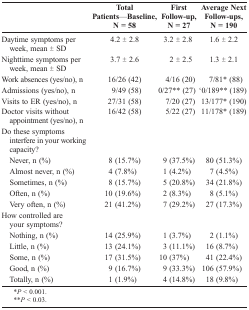
<table><thead><tr><td>[EMPTY_CELL]</td><td><b>TotalPatients--Baseline,N = 58</b></td><td><b>FirstFollow-up,N = 27</b></td><td><b>Average NextFollow-ups,N = 190</b></td></tr></thead><tbody><tr><td>Daytime symptoms per week, mean ± SD</td><td>4.2 ± 2.8</td><td>3.2 ± 2.8</td><td>1.6 ± 2.2</td></tr><tr><td>Nighttime symptoms per week, mean ± SD</td><td>3.7 ± 2.6</td><td>2 ± 2.5</td><td>1.3 ± 2.1</td></tr><tr><td>Work absences (yes/no), n</td><td>16/26 (42)</td><td>4/16 (20)</td><td>7/81* (88)</td></tr><tr><td>Admissions (yes/no), n</td><td>9/49 (58)</td><td>0/27** (27)</td><td>'0/189** (189)</td></tr><tr><td>Visits to ER (yes/no), n</td><td>27/31 (58)</td><td>7/20 (27)</td><td>13/177* (190)</td></tr><tr><td>Doctor visits without appointment (yes/no), n</td><td>16/42 (58)</td><td>5/22 (27)</td><td>11/178* (189)</td></tr><tr><td>Do these symptoms interfere in your working capacity?</td><td>[EMPTY_CELL]</td><td>[EMPTY_CELL]</td><td>[EMPTY_CELL]</td></tr><tr><td> Never, n (%)</td><td>8 (15.7%)</td><td>9 (37.5%)</td><td>80 (51.3%)</td></tr><tr><td> Almost never, n (%)</td><td>4 (7.8%)</td><td>1 (4.2%)</td><td>7 (4.5%)</td></tr><tr><td> Sometimes, n (%)</td><td>8 (15.7%)</td><td>5 (20.8%)</td><td>34 (21.8%)</td></tr><tr><td> Often, n (%)</td><td>10 (19.6%)</td><td>2 (8.3%)</td><td>8 (5.1%)</td></tr><tr><td> Very often, n (%)</td><td>21 (41.2%)</td><td>7 (29.2%)</td><td>27 (17.3%)</td></tr><tr><td>How controlled are your symptoms?</td><td>[EMPTY_CELL]</td><td>[EMPTY_CELL]</td><td>[EMPTY_CELL]</td></tr><tr><td> Nothing, n (%)</td><td>14 (25.9%)</td><td>1 (3.7%)</td><td>2 (1.1%)</td></tr><tr><td> Little, n (%)</td><td>13 (24.1%)</td><td>3 (11.1%)</td><td>16 (8.7%)</td></tr><tr><td> Some, n (%)</td><td>17 (31.5%)</td><td>10 (37%)</td><td>41 (22.4%)</td></tr><tr><td> Good, n (%)</td><td>9 (16.7%)</td><td>9 (33.3%)</td><td>106 (57.9%)</td></tr><tr><td> Totally, n (%)</td><td>1 (1.9%)</td><td>4 (14.8%)</td><td>18 (9.8%)</td></tr></tbody></table>